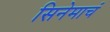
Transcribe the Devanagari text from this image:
सिनेमाचं